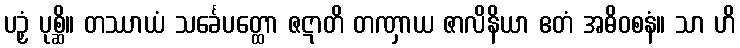
ပဉှံ ပုစ္ဆိ။ တဿာယံ သင်္ခေပတ္ထော ဇဋာတိ တဏှာယ ဇာလိနိယာ ဧတံ အဓိဝစနံ။ သာ ဟိ